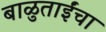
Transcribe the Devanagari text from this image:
बाळुताईंचा